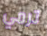
ترمي